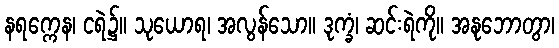
နရက္ကေန၊ ငရဲ၌။ သုယောရ၊ အလွန်သော။ ဒုက္ခံ၊ ဆင်းရဲကို။ အနုဘောတွာ၊